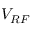
V _ { R F }